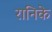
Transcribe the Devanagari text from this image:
रानिके